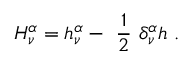
H _ { \nu } ^ { \alpha } = h _ { \nu } ^ { \alpha } - \ \frac { 1 } { 2 } \ \delta _ { \nu } ^ { \alpha } h \ .